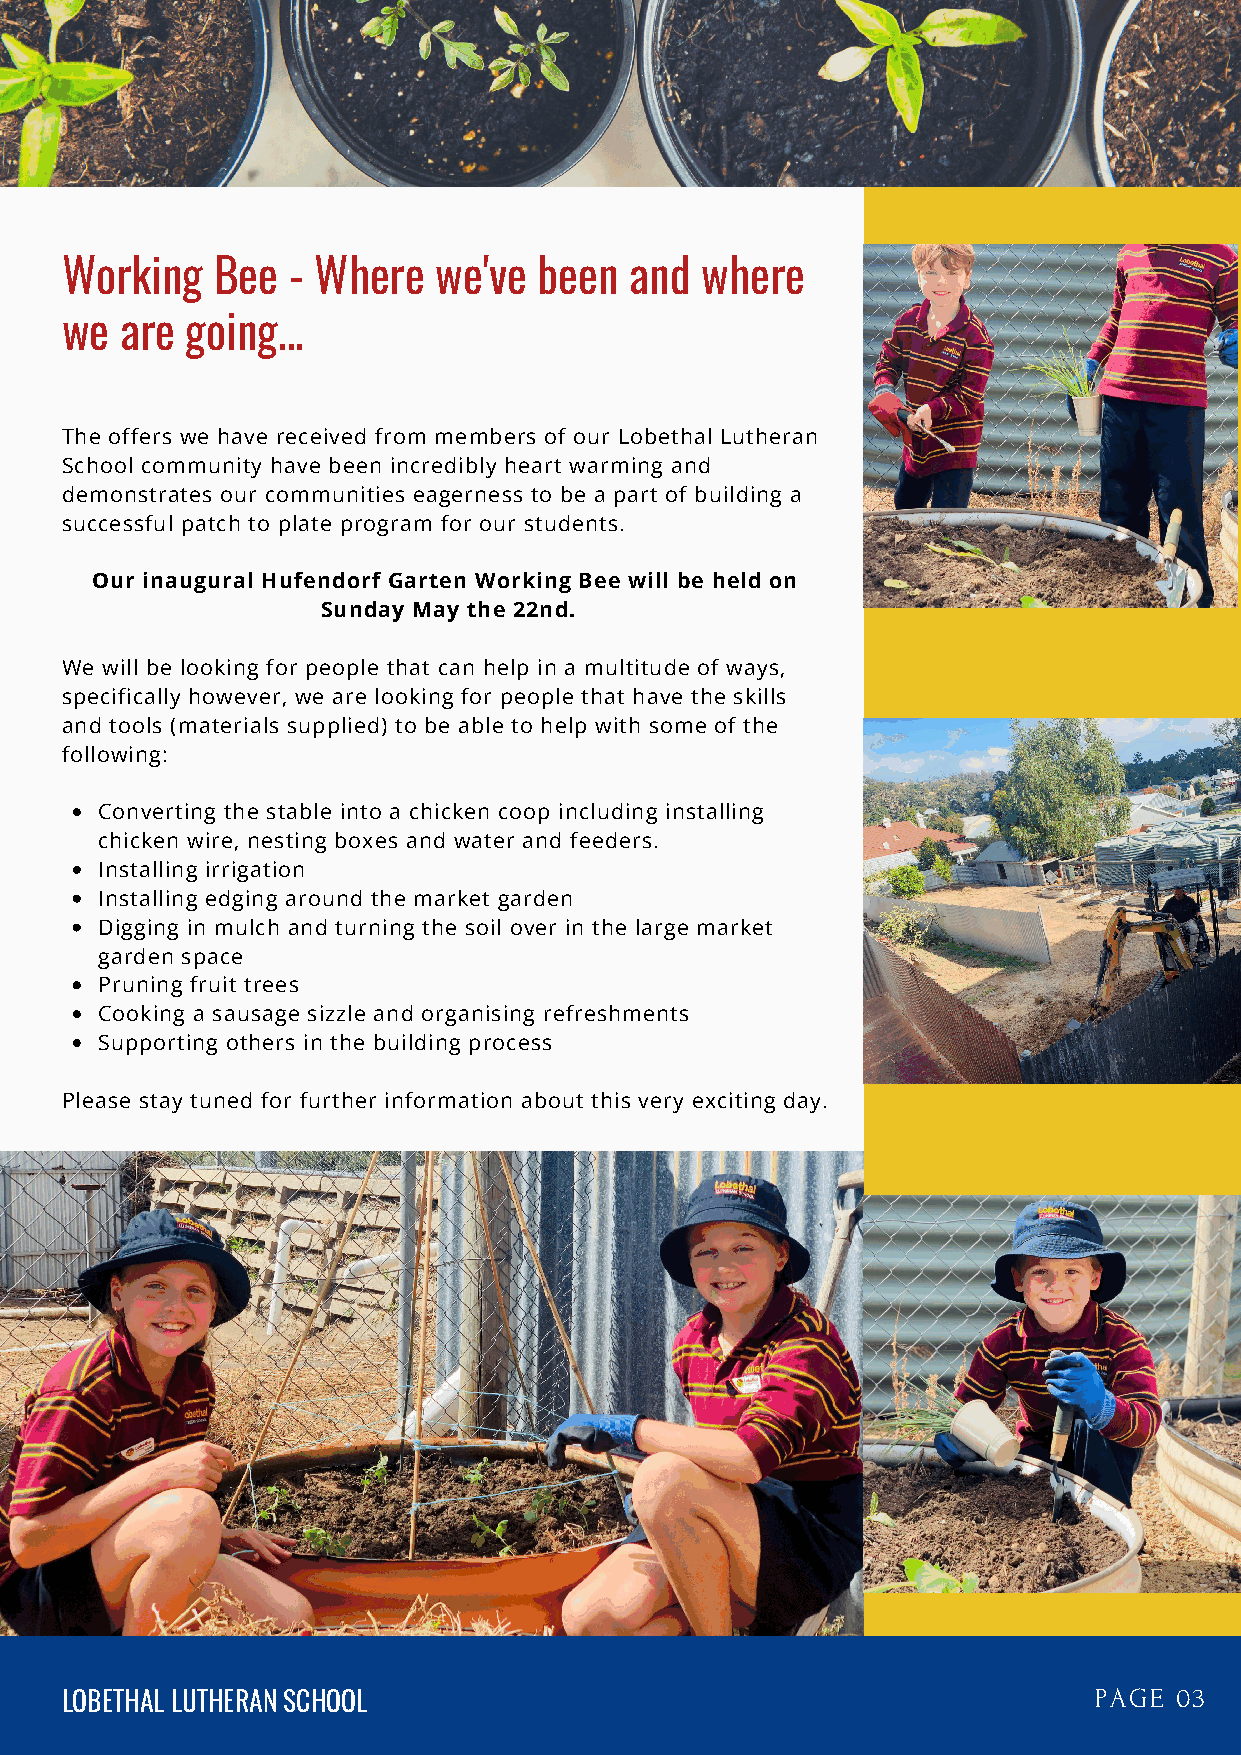
Working   Bee  - Where   we've  been  and where
 we  are going...
 The offers we have received from members of our Lobethal Lutheran
 School community have been incredibly heart warming and
 demonstrates our communities eagerness to be a part of building a
 successful patch to plate program for our students.
 Our inaugural Hufendorf Garten Working Bee will be held on
 Sunday May the 22nd.
 We will be looking for people that can help in a multitude of ways,
 specifically however, we are looking for people that have the skills
 and tools (materials supplied) to be able to help with some of the
 following:
 Converting the stable into a chicken coop including installing
 chicken wire, nesting boxes and water and feeders.
 Installing irrigation
 Installing edging around the market garden
 Digging in mulch and turning the soil over in the large market
 garden space
 Pruning fruit trees
 Cooking a sausage sizzle and organising refreshments
 Supporting others in the building process
 Please stay tuned for further information about this very exciting day.
 LOBETHAL LUTHERAN SCHOOL                                            PAGE  03